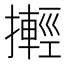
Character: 𢷰